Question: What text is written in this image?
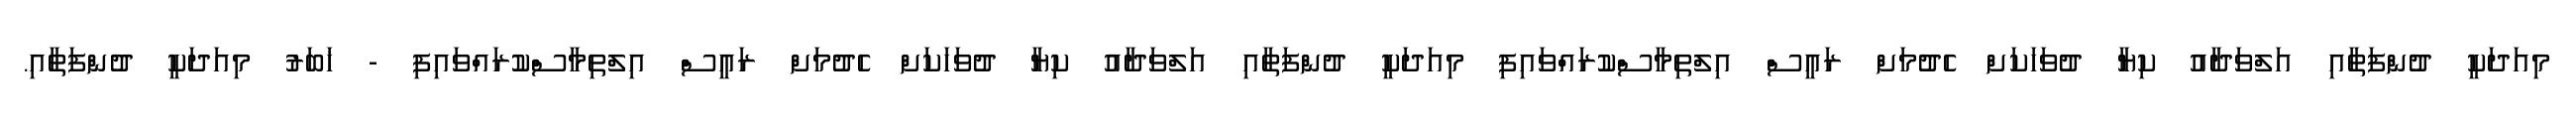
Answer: މިއަދަކީ ދުންފަތާއި އަލްވަދާއު ކިޔާ ދުވަހަކަށް ހެދުމަށް ރައީސް އިލްތިމާސްކުރައްވައިފި މިއަދަކީ ދުންފަތާއި އަލްވަދާއު ކިޔާ ދުވަހަކަށް ހެދުމަށް ރައީސް އިލްތިމާސްކުރައްވައިފި - ޚަބަރު މިއަދަކީ ދުންފަތާއި.